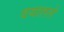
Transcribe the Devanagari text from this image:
वयातले